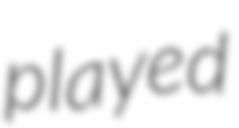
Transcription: played